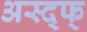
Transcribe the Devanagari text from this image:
अस्द्फ्